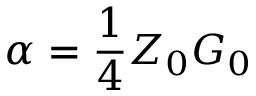
\alpha = { \frac { 1 } { 4 } } Z _ { 0 } G _ { 0 }